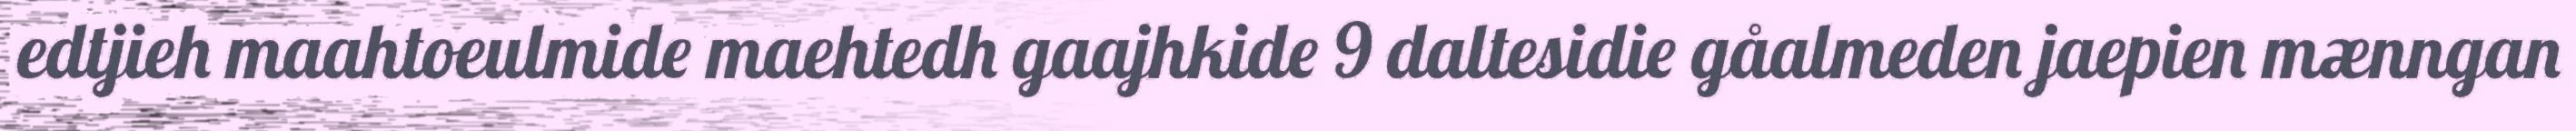
edtjieh maahtoeulmide maehtedh gaajhkide 9 daltesidie gåalmeden jaepien mænngan